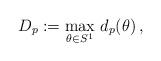
LaTeX: \begin{align*} D_p := \max_{\theta\in S^1} \, d_p(\theta) \,,\end{align*}